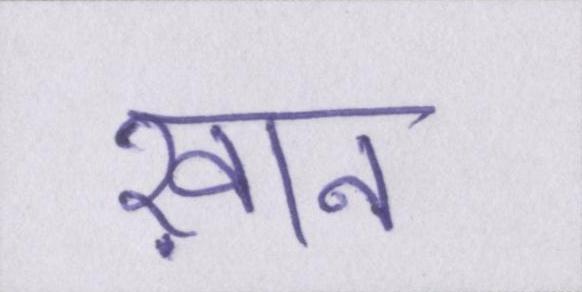
ख़ान